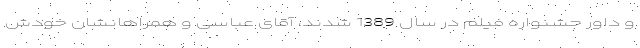
و داور جشنواره فیلم در سال 1389 شدند، آقای عباسی و همراهانشان خودش